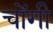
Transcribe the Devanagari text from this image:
चोंगी